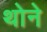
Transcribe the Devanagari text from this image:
थोने